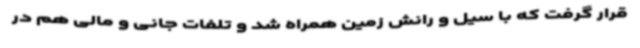
قرار گرفت که با سیل و رانش زمین همراه شد و تلفات جانی و مالی هم در